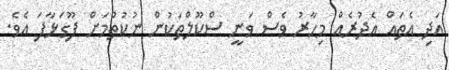
އަދި އެތައް އެދުރެއް މިހާރު ވެސް ވަނީ ސްކޫލްތަކުން ނުކުތުމަށް ފޫގަޅާފަ އެވެ.